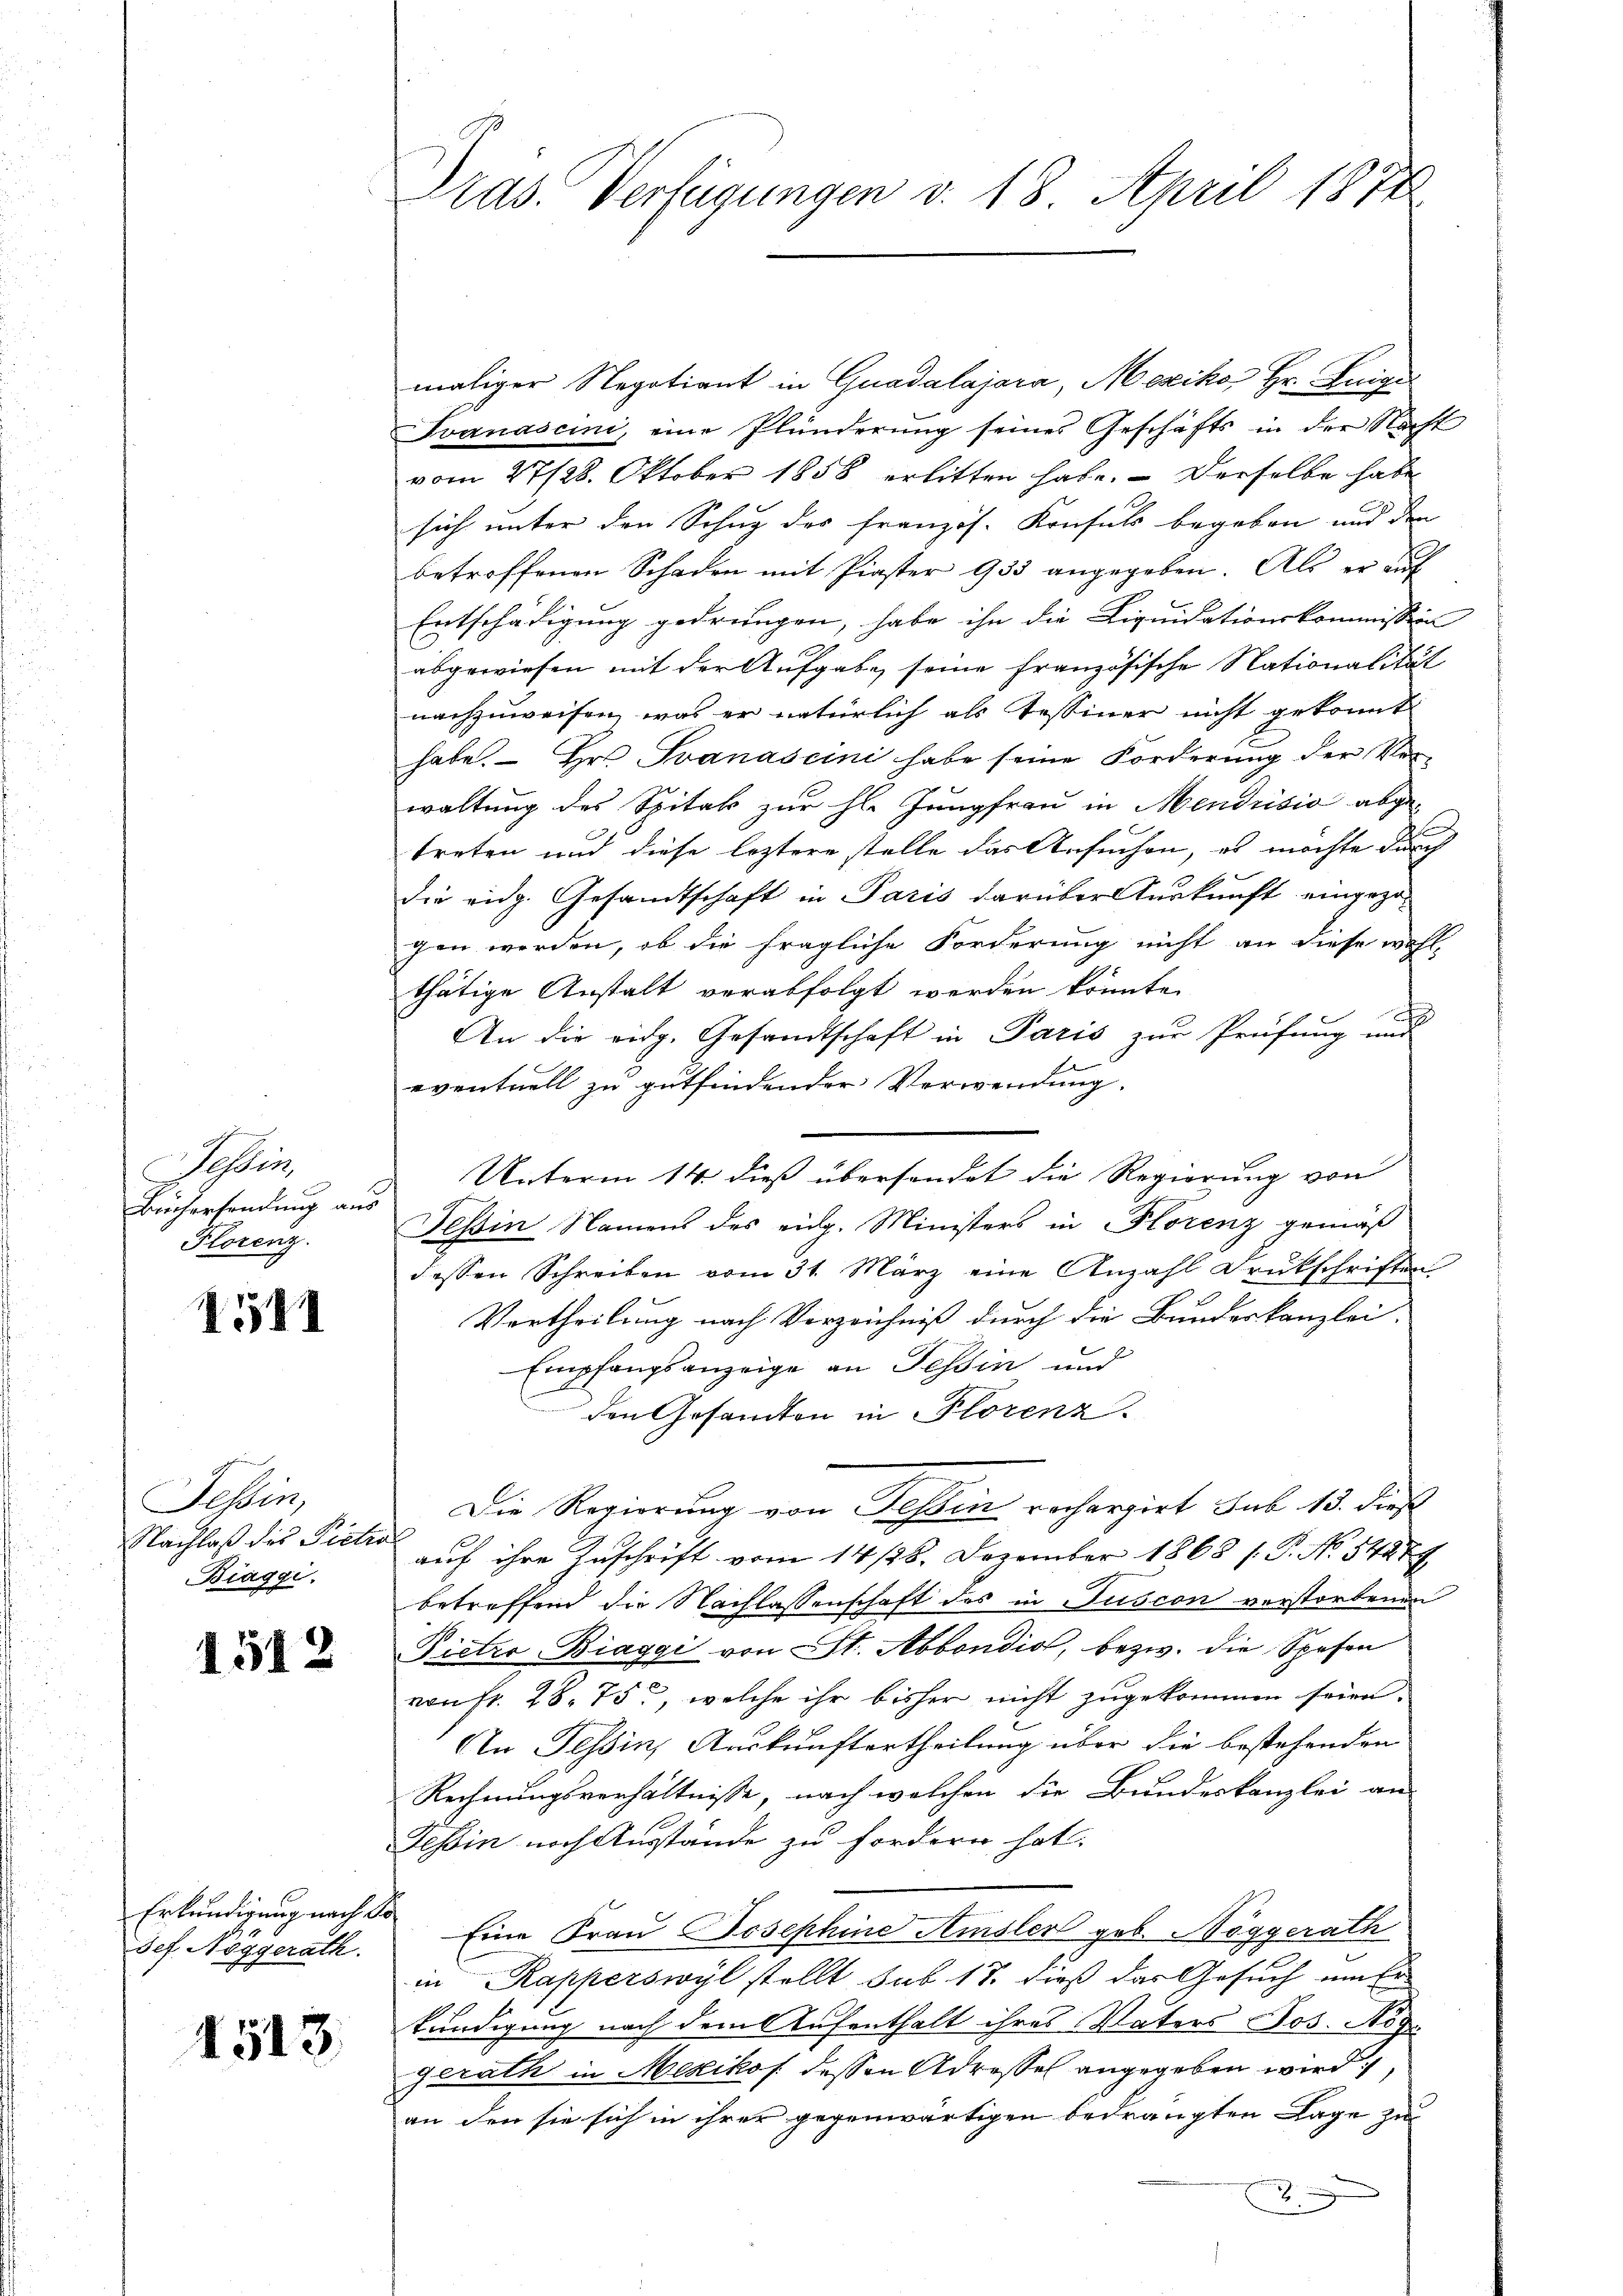
Sohlen
Beicherhandlung aus
Florenz.

1511

Tessin,
Nachlaß des Pietra
Biaggi.

1512

Erkundigung nach do
sef. Nöggerath.

1513.

ras. Verfügungen v. 18. April 1874

maliger Negotiant in Guadalajara, Mexiko Hr. Luigi
Ivernascini, eine Plünderung seines Geschäfts in der Nacht
vom 27/28. Oktober 1858 erlitten habe. Derselbe habe
sich unter den Schug des Französ. Konsuls begeben und den
betroffenen Schaden mit Piaster 933 angegeben. Als er auf
Entschädigung gedrungen, habe ihn die Liquidationskommission |
abgewiesen mit der Aufgabe seine französische Nationalität
nachzuweisen, was er natürlich als Tessiner nicht gekonnt
habe. Er Ivanascini habe seine Forderung der Verwaltung des Spital zur Hr. Jungfrau in Mendrisio abge-
treten und diese leztere stelle das Ansuchen, es möchte durch
die eidg. Gesandtschaft in Paris darüber Auskunft eingezogen worden, ob die fragliche Forderung nicht an diese wohl
thätige Anstalt verabfolgt werden könnte.
2
An die eidg. Gesandtschaft in Paris zur Prüfung und
eventuell zu gutfindender Verwendung.
Unterm 14. dieß übersendet die Regierung von
Tessin Namens des eidg. Ministers in Florenz gemäß
dessen Schreiben vom 31. März eine Anzahl Drukschriften
Vortheilung nach Vorzeichniß durch die Bundeskanzlei-
Empfangsanzeige an Tessin und
den Gesandten in Florenz
Die Regierung von Fessen rechargirt sub 15. dies
auf ihre Zuschrift vom 14/28. Dezember 1868 / P. No 54279
betreffend die Nachlassenschaft des in Tuscon verstorbenen
Pietro-Biaggi von St. Abbondio, bezw. die Spesen
von fr. 28. 75, welche ihr bisher nicht zugekommen seien.
An Tessin, Auskunftertheilung über die bestehenden
Rechnungsverhältnisse, nach welchen die Bundeskanzlei an
Tessin noch Ausstände zu fordern hat.
Eine Frau Josephine Amsler geb. Nöggerath
in Kapperswyl stellt sub 18. dieß das Gesuch um Er-
kündigung nach dem Aufenthalt ihres Vaters Jos. Rog
gerath in Mesikos dessen Adressel angegeben wird,
an den sie sich in ihrer gegenwärtigen bedrängten Lage zu
3.